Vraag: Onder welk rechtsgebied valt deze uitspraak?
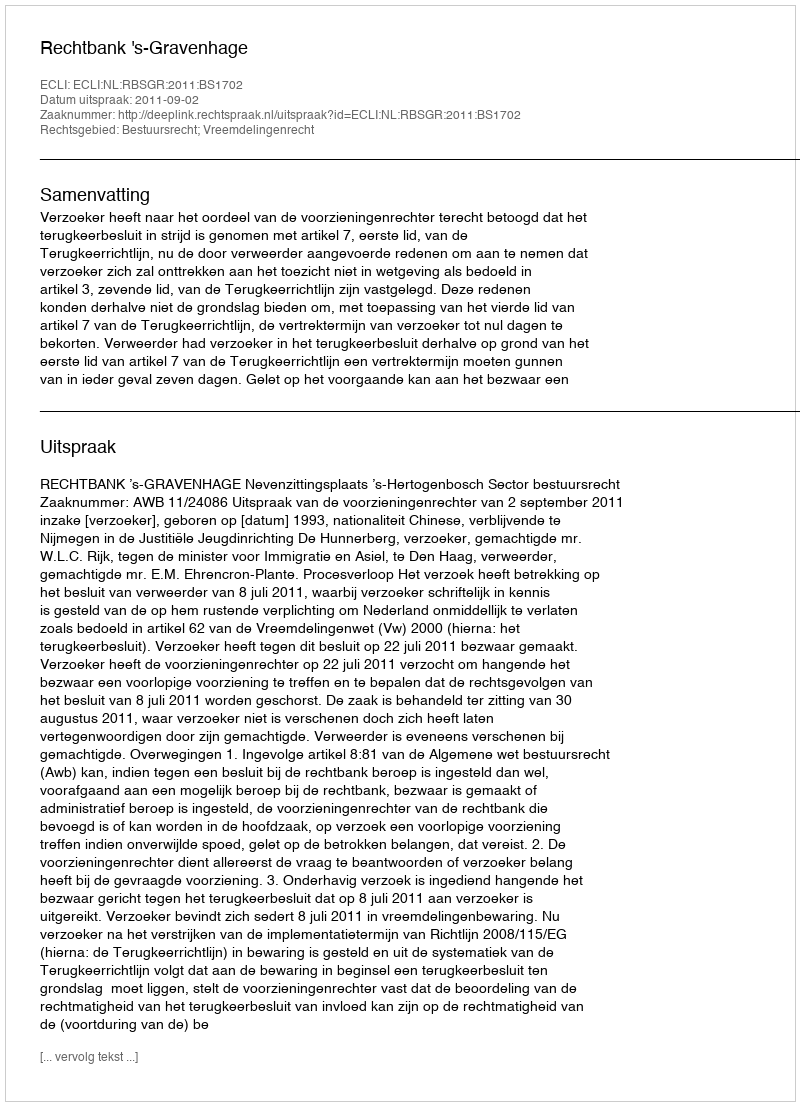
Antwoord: Bestuursrecht; Vreemdelingenrecht